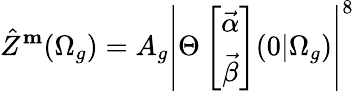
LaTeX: \hat{Z}^{\mathbf m}(\Omega_{g})=A_{g}\left|\Theta\left[\begin{array}{c}{{{\vec{\alpha}}}}\\ {{{\vec{\beta}}}}\end{array}\right](0\vert\Omega_{g})\right|^{8}